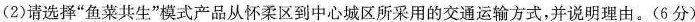
(2)请选择“鱼菜共生”模式产品从怀柔区到中心城区所采用的交通运输方式，并说明理由。(6分)